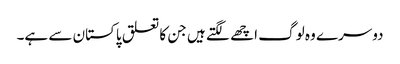
دوسرے وہ لوگ اچھے لگتے ہیں جن کا تعلق پاکستان سے ہے۔